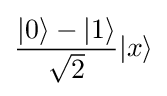
{\frac {|0\rangle -|1\rangle }{\sqrt {2}}}|x\rangle